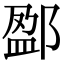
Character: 𨜏